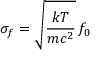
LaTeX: \sigma _ { f } = { \sqrt { \frac { k T } { m c ^ { 2 } } } } \, f _ { 0 }